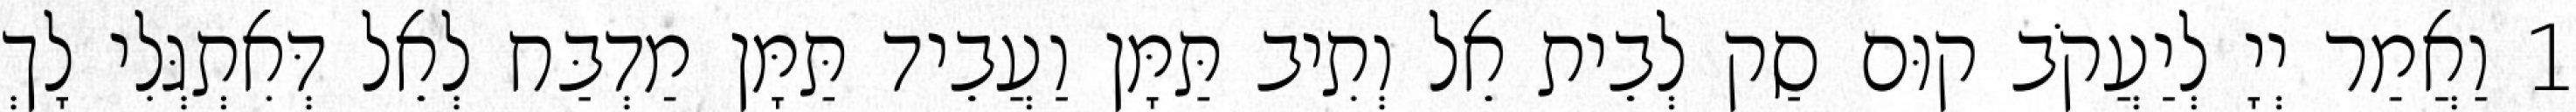
1 וַאֲמַר יְיָ לְיַעֲקֹב קוּם סַק לְבֵית אֵל וְתִיב תַּמָּן וַעֲבֵיד תַּמָּן מַדְבַּח לְאֵל דְּאִתְגְּלִי לָךְ